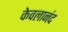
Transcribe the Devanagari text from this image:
केवलानंद